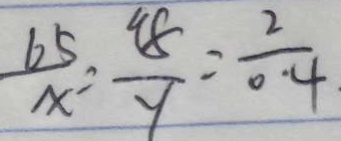
\frac { 6 5 } { x } = \frac { 4 8 } { y } = \frac { 2 } { 0 . 4 }